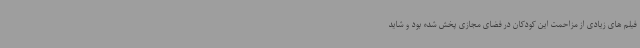
فیلم های زیادی از مزاحمت این کودکان در فضای مجازی پخش شده بود و شاید